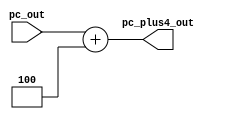
module PCplus4(pc_out,pc_plus4_out);

//parameters
parameter PC_WIDTH_LENGTH=32;

//inputs
input [PC_WIDTH_LENGTH-1:0] pc_out;

//output
output [PC_WIDTH_LENGTH-1:0] pc_plus4_out;
reg [PC_WIDTH_LENGTH-1:0] pc_plus4_out;
//main function
always@(pc_out)
  pc_plus4_out = pc_out + 4;
endmodule